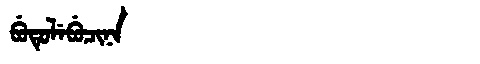
Manchu: ᠪᡠᡨᡠᠯᡝᠪᡠᠴᡳᠨᠠ
Romanization: BUTULEBUCINA